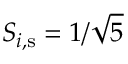
S _ { i , \mathrm { s } } = 1 / \sqrt { 5 }